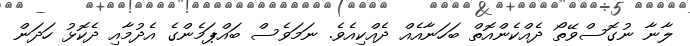
ލާނާ ނުގޮސްވޭތޯ ދެއްކެންއޮތް ބަހަނާއެއް ދެއްކިއެވެ. ނަމަވެސް ބައްޕަމެންގެ އެދުމާއި ދެކޮޅު ހަދަން